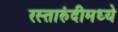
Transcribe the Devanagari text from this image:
रस्तारुंदीमध्ये